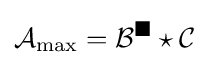
{\mathcal {A}}_{\max }={\mathcal {B}}^{\blacksquare }\star {\mathcal {C}}